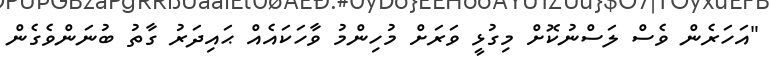
"އަހަރެން ވެސް ލަސްނުކޮށް މިގުޅީ ވަރަށް މުހިންމު ވާހަކައެއް ޙައިދަރު ގާތު ބުނަންވެގެން